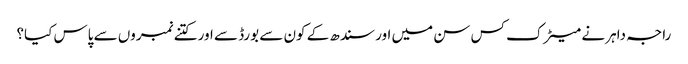
راجہ داہر نے میٹرک کس سن میں اور سندھ کے کون سے بورڈ سے اور کتنے نمبروں سے پاس کیا؟